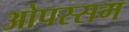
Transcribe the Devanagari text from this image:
ओपस्सम